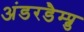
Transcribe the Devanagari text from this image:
अंडरडैम्प्ड